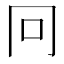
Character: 冋